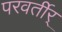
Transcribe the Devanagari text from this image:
परवर्तीर्